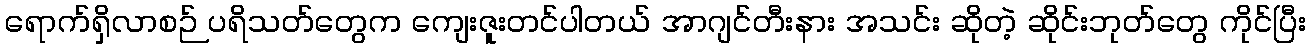
ရောက်ရှိလာစဉ် ပရိသတ်တွေက ကျေးဇူးတင်ပါတယ် အာဂျင်တီးနား အသင်း ဆိုတဲ့ ဆိုင်းဘုတ်တွေ ကိုင်ပြီး